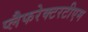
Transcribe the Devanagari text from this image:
प्लैफरेक्टरटीएम